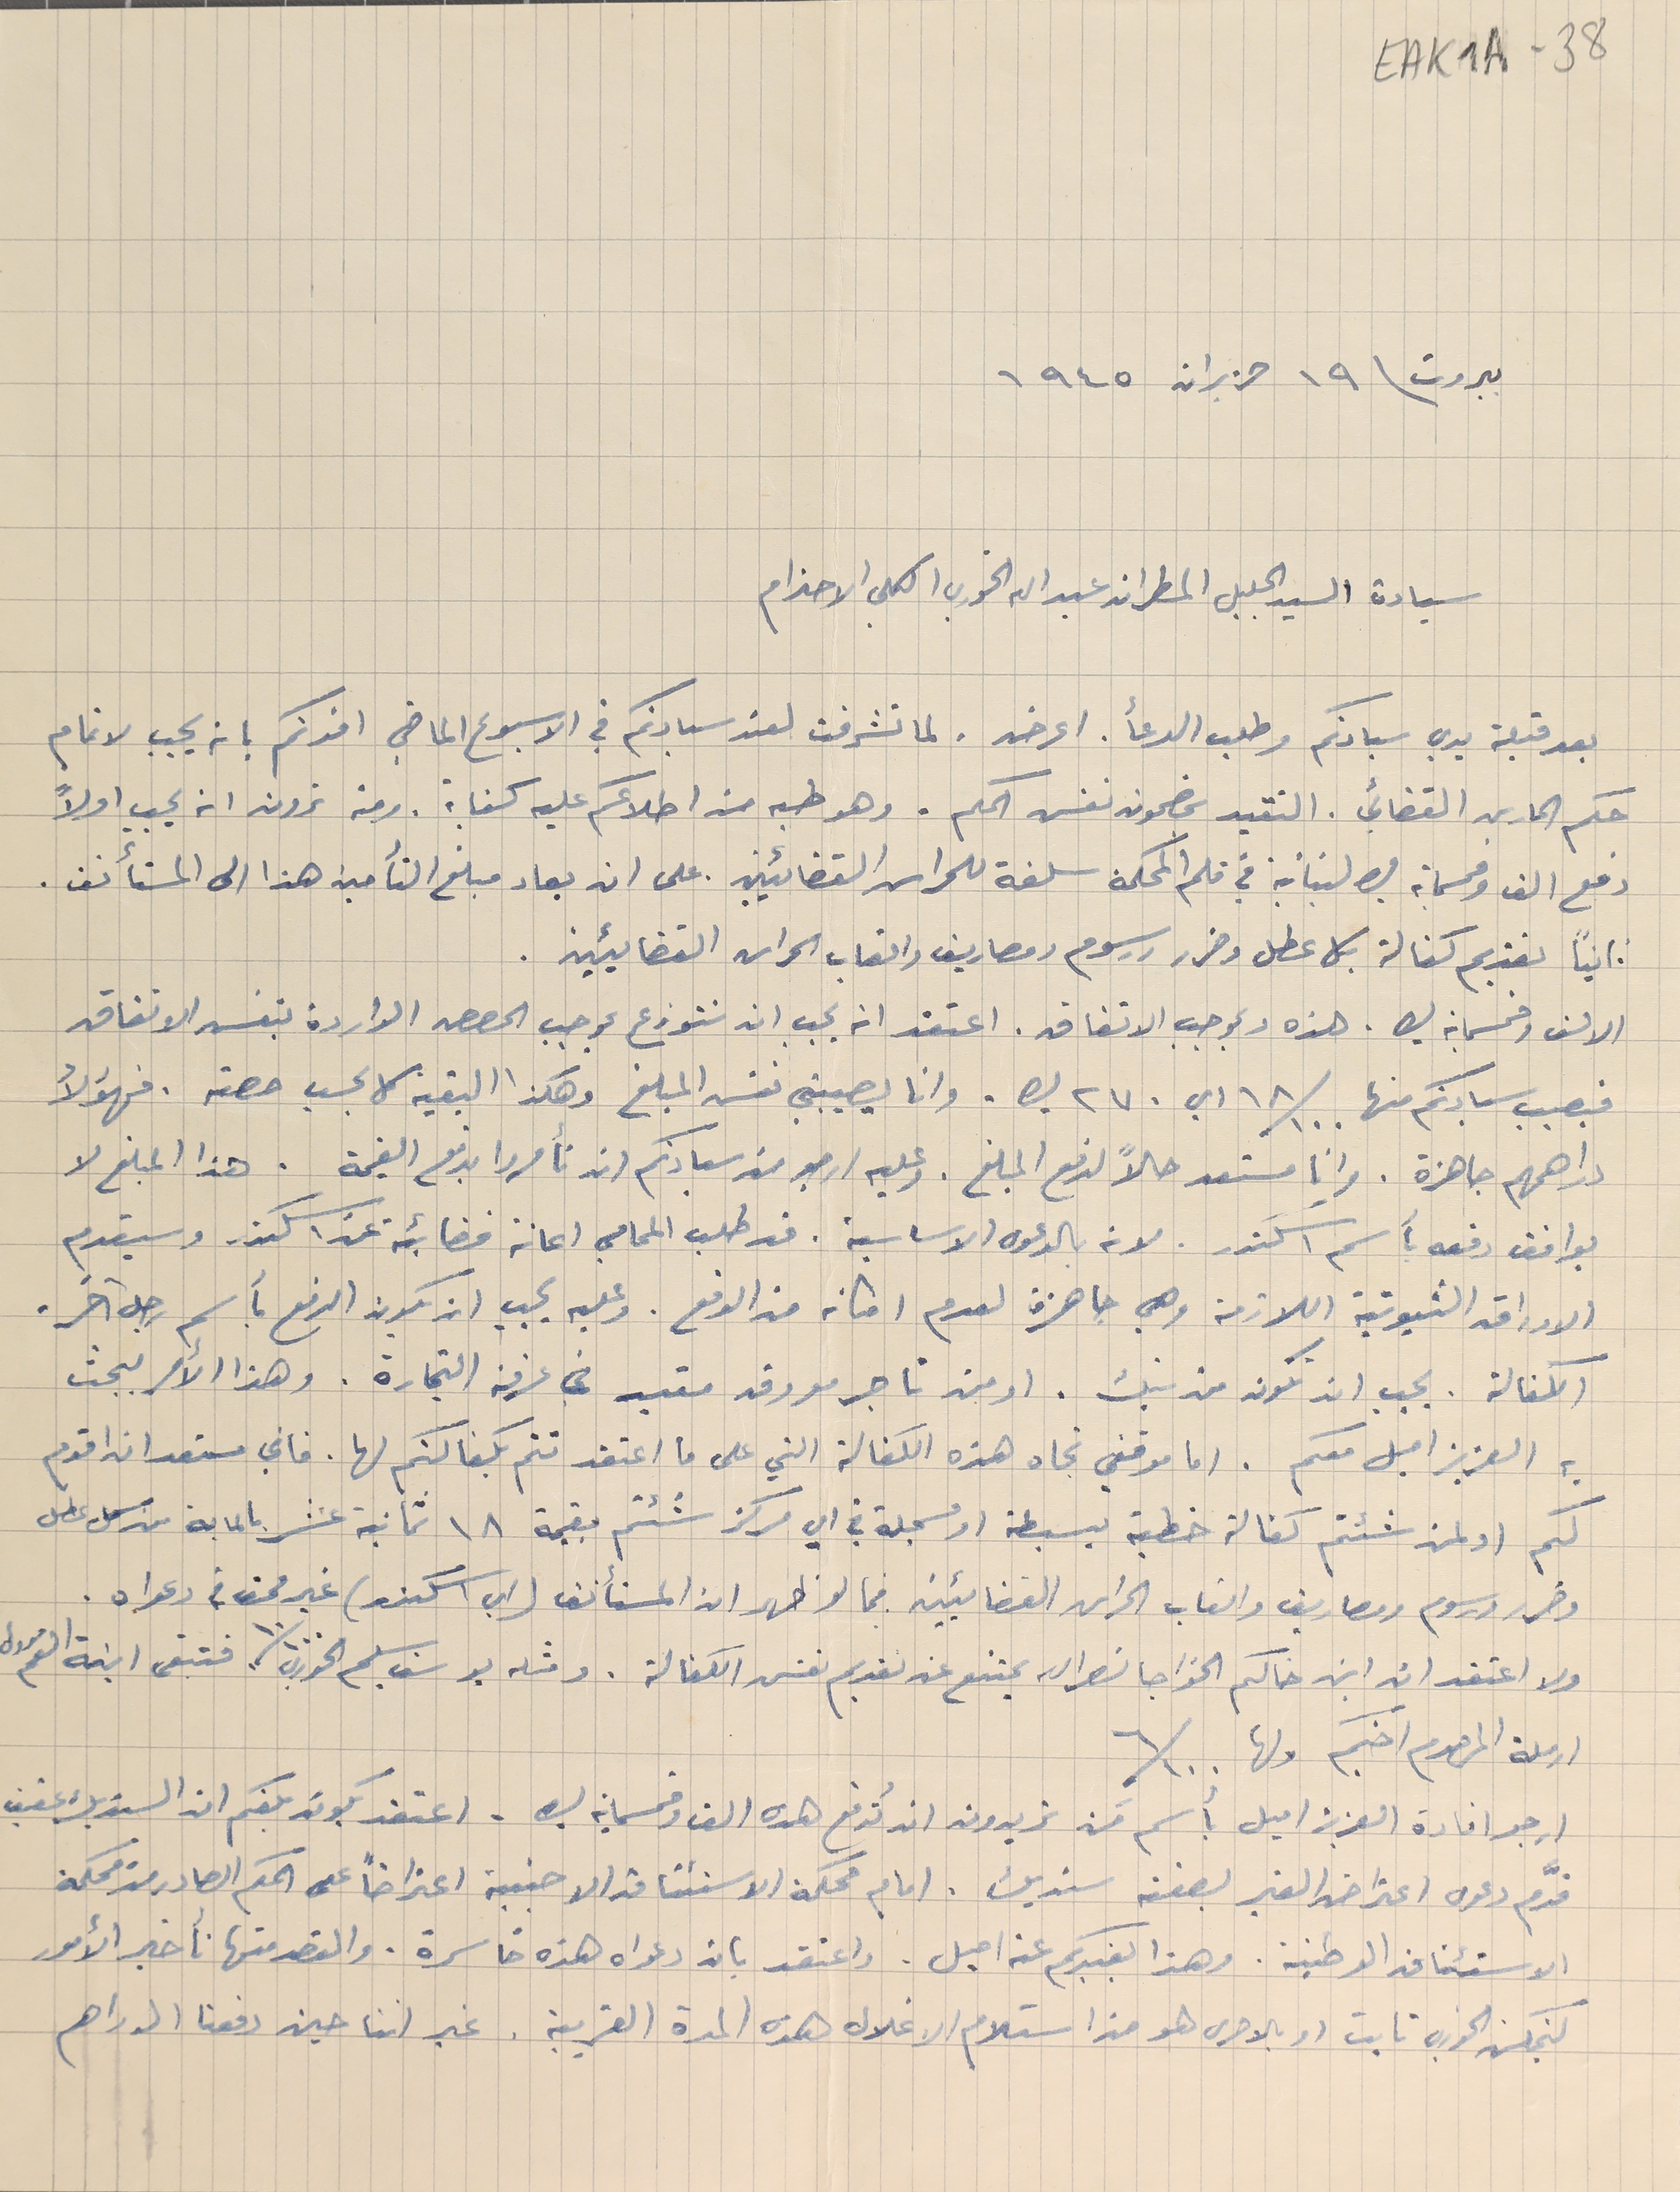
EAK1A-38
 بيروت فى ١٩ حزيران ١٩٤٥
 سيادة السيد الجليل المطران عبدالله الخوري الكلي الاحترام
بعد قبلة يدي سيادتكم وطلب الدعأ. اعرض، لما تشرفت لعند سيادتكم في الاسبوع الماضي افدتكم بانه يجب لاتمام
حكم الحارس القضائي. التقيد بمضمون نفس الحكم. وهو طيه من اطلاعكم عليه كفاية . ومنه ترون انه يجب اولاً
دفع الف وخمسماية ليره لبنانية في قلم المحكمة سلفة للحراس القضائيين. على ان يعاد مبلغ التأمين هذا الى المستأنف.
ثانياً تقديم كفالة بكل عطل وضرر ورسوم ومصاريف واتعاب الحراس القضائيين.
الالف وخمسماية ليره. هذه وبموجب الاتفاق. اعتقد انه يجب ان تتوزع بموجب الحصص الواردة بنفس الاتفاق
فيصيب سيادتكم منها ١٨/١٠٠ اي ٢٧٠ ليره. وانا يصيبني نفس المبلغ وهكذا البقية كل بحسب حصته. فهؤلأ
دراهمهم جاهزة. وانا مستعد حالاً لدفع المبلغ. وعليه ارجو من سيادتكم ان تأمروا بدفع القيمة. هذا المبلغ لا
يوافق دفعه بأسم اسكندر. لانه بالدعوه الاساسية. قد طلب المحامي اعانة قضائية عن اسكندر وسيقدم
الاوراق الثبوتية اللازمة وهي جاهزة لعدم امكانه من الدفع. وعليه يجب ان يكون الدفع بأسم رجل آخر.
 الكفالة. يجب ان تكون من بنك. او من تاجر معروف مقيد في عرفة التجارة. وهذا الأمر يبحث
به العزيز اميل معكم. اما موقفي تجاه هذه الكفالة التي على ما اعتقد تتم بكفالتكم لها. فاني مستعد ان اقدم
لكم او لمن شئتم كفالة خطية بسيطة او مسجلة في اي مركز شئتم بقيمة ١٨ ثمانية عشر بالماية من كل عطل
وضرر ورسوم ومصاريف واتعاب الحراس القضائيين فيما لو ظهر ان المستأنف (اي اسَكندر) غير محق فى دعواه.
ولا اعتقد ان ابن خالكم الخواجا نصرالله يمتنع عن تقديم نفس الكفالة. ومثله يوسف سليم الخوري ١٠/١٠٠ فتبقى ابنة العم مروى
ارملة المرحوم اخيكم ولها ٦/١٠٠
ارجو افادة العزيز اميل بأسم من تريدون ان تُدفع هذه الف وخمسماية ليره . اعتقد يكون بلغكم ان السنديك عفيف
 قدَّم دعوى اعتراض الغير بصفته سنديك. امام محكمة الاستئناف الاجنبىة اعتراضاً على الحكم الصادر من محكمة
الاستئناف الوطنية. وهذا يفيدكم عن اميل. واعتقد بان دعواه هذه خاسرة. والقصد منها تأخير الأمور
ليتمكن الخوري تابت او بالاحرى هو من استلام الاغلال هذه المدة القريبة. غير اننا حين دفعنا الدراهم